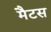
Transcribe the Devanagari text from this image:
मैटस